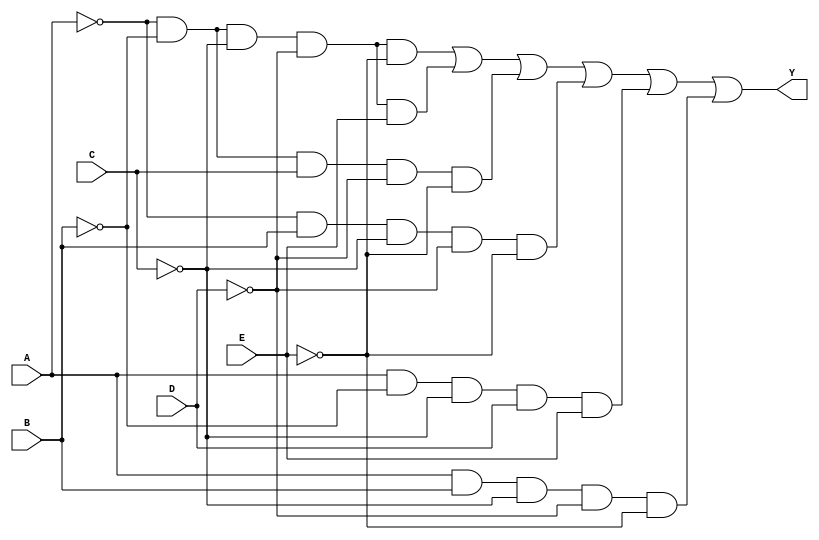
module five_variable_kmap (
    input wire A, // Input variable A
    input wire B, // Input variable B
    input wire C, // Input variable C
    input wire D, // Input variable D
    input wire E, // Input variable E
    output wire Y // Output of the combinational logic block
);

// Define the combinational logic using the minimized expression derived from the K-map
// Example SOP expression (this should be replaced with the actual minimized expression):
// Y = A'B'C'D'E' + A'B'C'DE + A'B'CD'E + A'BC'D'E + AB'C'DE + ABC'D'E
// This is just an example; please replace it with the actual terms based on your K-map simplification.

assign Y = (~A & ~B & ~C & ~D & ~E) | // Minterm 0
           (~A & ~B & ~C & ~D & E)  | // Minterm 1
           (~A & ~B &  C & ~D & ~E) | // Minterm 4
           (~A &  B & ~C & ~D & ~E) | // Minterm 8
           ( A & ~B & ~C &  D &  E) | // Minterm 22
           ( A &  B & ~C & ~D & ~E);   // Minterm 24
           // Add more product terms based on your K-map.

endmodule